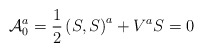
\begin{align*}{\cal A}_0^a=\frac 12\left( S,S\right) ^a+V^aS=0\end{align*}